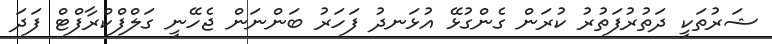
ޝަރުތަކީ ދަތުރުފަތުރު ކުރަން ގެންގުޅޭ އުޅަނދު ފަހަރު ބަންނަން ޖެހޭނީ ގަލްފްކްރާފްޓް ފަދަ